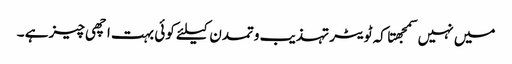
میں نہیں سمجهتا کہ ٹویٹر تہذیب وتمدن کیلئے کوئی بہت اچهی چیز ہے ۔